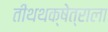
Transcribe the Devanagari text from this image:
तीथथक्षेत्राला